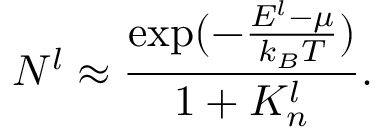
N _ { } ^ { l } \approx \frac { \exp ( - \frac { E ^ { l } - \mu } { k _ { B } T } ) } { 1 + K _ { n } ^ { l } } .